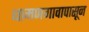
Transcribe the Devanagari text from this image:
धामणगावापासून